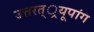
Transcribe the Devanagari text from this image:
उत्तरत््रयूपांग